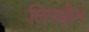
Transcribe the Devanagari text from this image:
लिपझीग